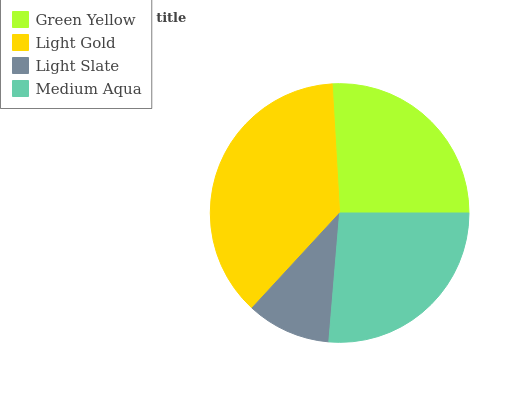
| Green Yellow | Light Gold | Light Slate | Medium Aqua |
 | --- | --- | --- | --- |
 | 26% | 37.3% | 10.5% | 26.3% |